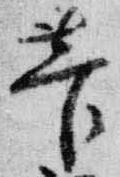
菅